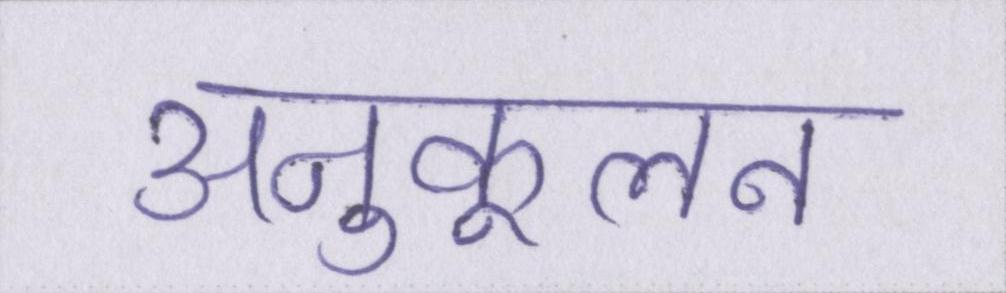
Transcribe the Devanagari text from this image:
अनुकूलन